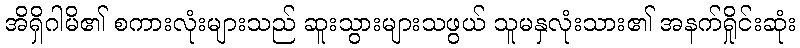
အိရှိဂါမိ၏ စကားလုံးများသည် ဆူးသွားများသဖွယ် သူမနှလုံးသား၏ အနက်ရှိုင်းဆုံး